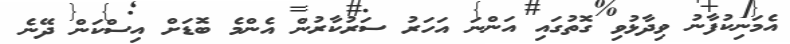
އެމަނިކުފާނު ވިދާޅުވި ގޮތުގައި އަންނަ އަހަރު ސަރުކާރުން އެންމެ ބޮޑަށް އިސްކަން ދޭނެ